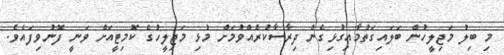
މި ބިލު މަޖިލީހުން ބަލައިގަތުމާއިގުޅިގެން ދިރާސާކުރެއްވުމަށް މުޅި މަޖިލީހުގެ ކޮމިޓީއަށް ވަނީ ފޮނުވިފައެވެ.